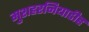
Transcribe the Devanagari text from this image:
मुशहरनियाडीह